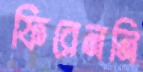
ফিরেননি